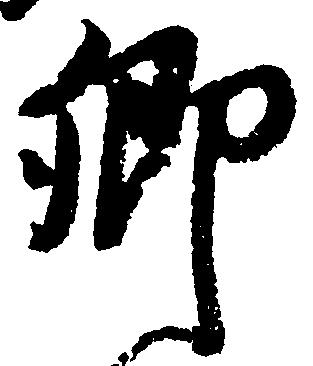
郷